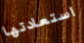
استعادتها